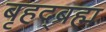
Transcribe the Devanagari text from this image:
बृहद्ब्रह्म